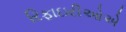
રિફાઇરીઓએ